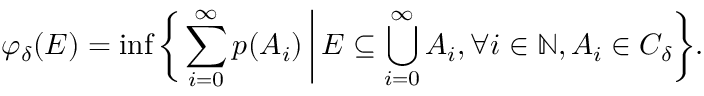
\varphi _ { \delta } ( E ) = \operatorname* { i n f } { \biggl \{ } \sum _ { i = 0 } ^ { \infty } p ( A _ { i } ) \, { \bigg | } \, E \subseteq \bigcup _ { i = 0 } ^ { \infty } A _ { i } , \forall i \in \mathbb { N } , A _ { i } \in C _ { \delta } { \biggr \} } .